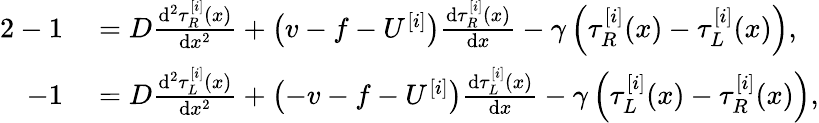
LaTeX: \begin{array}{rl}{{2}-1}&{{}=D\frac{\mathrm{d}^{2}\tau_{R}^{[i]}(x)}{\mathrm{d}x^{2}}+\left(v-f-U^{[i]}\right)\frac{\mathrm{d}\tau_{R}^{[i]}(x)}{\mathrm{d}x}-\gamma\left(\tau_{R}^{[i]}(x)-\tau_{L}^{[i]}(x)\right),}\\ {-1}&{{}=D\frac{\mathrm{d}^{2}\tau_{L}^{[i]}(x)}{\mathrm{d}x^{2}}+\left(-v-f-U^{[i]}\right)\frac{\mathrm{d}\tau_{L}^{[i]}(x)}{\mathrm{d}x}-\gamma\left(\tau_{L}^{[i]}(x)-\tau_{R}^{[i]}(x)\right),}\end{array}